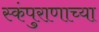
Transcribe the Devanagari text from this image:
स्कंपुराणाच्या